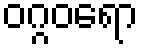
ဝဂ္ဂဝရော